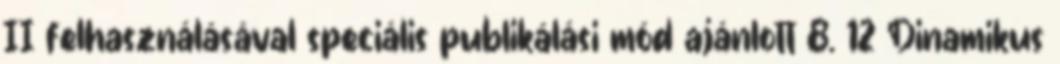
II felhasználásával speciális publikálási mód ajánlott 8. 12 Dinamikus